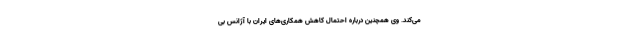
می‌کند. وی همچنین درباره احتمال کاهش همکاری‌های ایران با آژانس بی